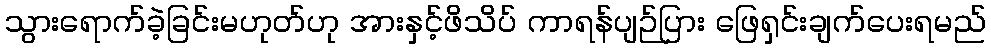
သွားရောက်ခဲ့ခြင်းမဟုတ်ဟု အားနှင့်ဖိသိပ် ကာရန်ပျဉ်ပြား ဖြေရှင်းချက်ပေးရမည်